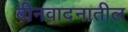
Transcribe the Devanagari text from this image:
बीनवादनातील